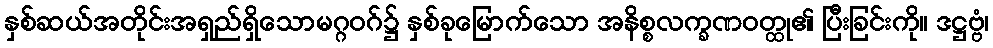
နှစ်ဆယ်အတိုင်းအရှည်ရှိသောမဂ္ဂဝဂ်၌ နှစ်ခုမြောက်သော အနိစ္စလက္ခဏဝတ္ထု၏ ပြီးခြင်းကို။ ဒဋ္ဌဗ္ဗံ၊